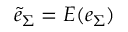
\tilde { e } _ { \Sigma } = E ( e _ { \Sigma } )